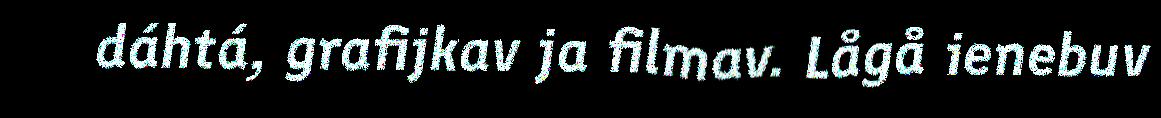
dáhtá, grafijkav ja filmav. Lågå ienebuv